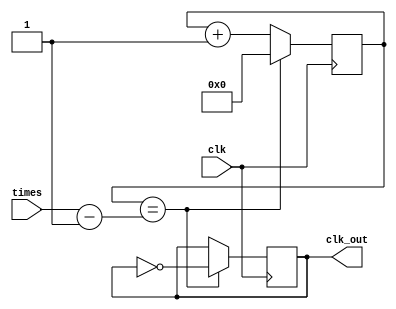
`timescale 1ns / 1ps
//////////////////////////////////////////////////////////////////////////////////
// Company: 
// Engineer: 
// 
// Design Name: 
// Module Name: timedivider
// Project Name: 
// Target Devices: 
// Tool Versions: 
// Description: 
// 
// Dependencies: 
// 
// Revision:
// Revision 0.01 - File Created
// Additional Comments:
// 
//////////////////////////////////////////////////////////////////////////////////

// Output freq is 2*times as much as the input freq.
module timedivider(
    clk, times, clk_out
);

input clk;
input[31:0] times;
output reg clk_out;

reg[31:0] cnt;//count
initial clk_out = 0;
initial cnt = 0;

always@(posedge clk)
begin
    if (cnt == times - 1 )
    begin
        clk_out <= ~ clk_out;
        cnt <= 0;
    end
    else cnt <= cnt + 1;
end 
endmodule